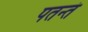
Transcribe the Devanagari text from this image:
पतन्तं